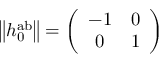
\left\| h _ { 0 } ^ { \mathrm { a b } } \right\| = \left( \begin{array} { c c } { { - 1 } } & { { 0 } } \\ { { 0 } } & { { 1 } } \end{array} \right)